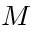
M